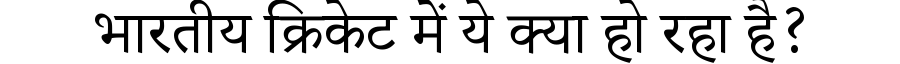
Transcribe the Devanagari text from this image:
भारतीय क्रिकेट में ये क्या हो रहा है?